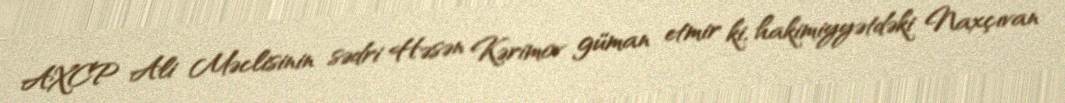
AXCP Ali Məclisinin sədri Həsən Kərimov güman etmir ki, hakimiyyətdəki Naxçıvan